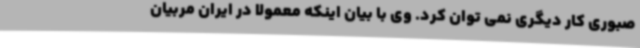
صبوری کار دیگری نمی توان کرد. وی با بیان اینکه معمولا در ایران مربیان